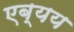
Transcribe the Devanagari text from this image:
एब्यय